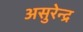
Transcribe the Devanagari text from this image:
असुरेन्द्र